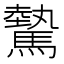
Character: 驇